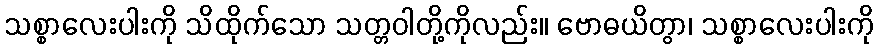
သစ္စာလေးပါးကို သိထိုက်သော သတ္တဝါတို့ကိုလည်း။ ဗောဓယိတွာ၊ သစ္စာလေးပါးကို